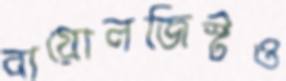
বায়োলজিস্টও